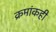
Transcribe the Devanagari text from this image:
क्रमांकही